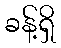
ခန့်ရှိ